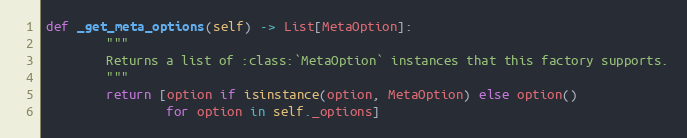
Language: Python
def _get_meta_options(self) -> List[MetaOption]:
        """
        Returns a list of :class:`MetaOption` instances that this factory supports.
        """
        return [option if isinstance(option, MetaOption) else option()
                for option in self._options]